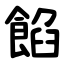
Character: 餡